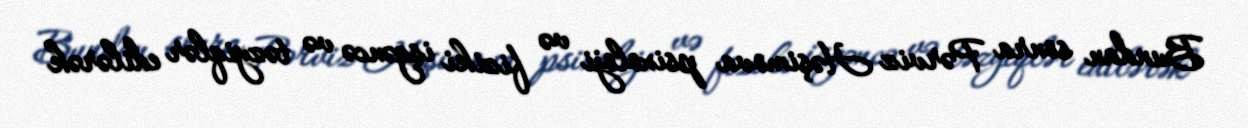
Bundan sonra Pərviz Həşimova psixoloji və fiziki işgəncə və təzyiqlər edilərək